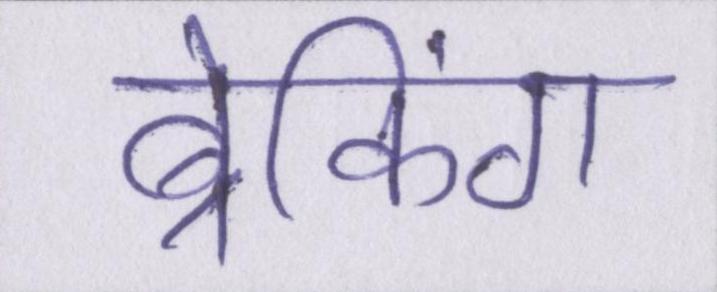
ब्रेकिंग